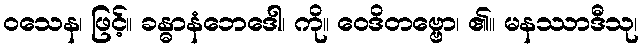
ဝသေန၊ ဖြင့်။ ခန္ဓာနံဘေဒေါ၊ ကို။ ဝေဒိတဗ္ဗော၊ ၏။ မနဿာဒီသု၊